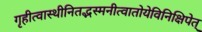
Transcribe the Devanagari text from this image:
गृहीत्वास्थीनितद्भस्मनीत्वातोयेविनिक्षिपेत्